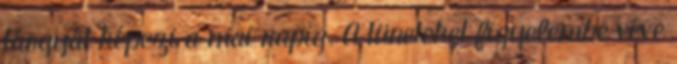
tárgyát képezi a mai napig. A tüneteket figyelembe véve